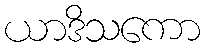
ယာဒိသကော